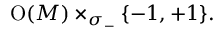
\operatorname { O } ( M ) \times _ { \sigma _ { - } } \{ - 1 , + 1 \} .